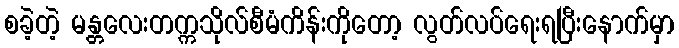
စခဲ့တဲ့ မန္တလေးတက္ကသိုလ်စီမံကိန်းကိုတော့ လွတ်လပ်ရေးရပြီးနောက်မှာ